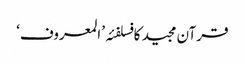
قرآن مجید کا فسلفئہ ’المعروف‘